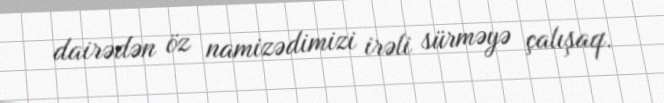
dairədən öz namizədimizi irəli sürməyə çalışaq.